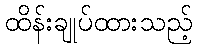
ထိန်းချုပ်ထားသည့်